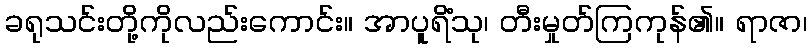
ခရုသင်းတို့ကိုလည်းကောင်း။ အာပူရိံသု၊ တီးမှုတ်ကြကုန်၏။ ရာဇာ၊